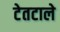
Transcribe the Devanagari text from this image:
टेतटाले